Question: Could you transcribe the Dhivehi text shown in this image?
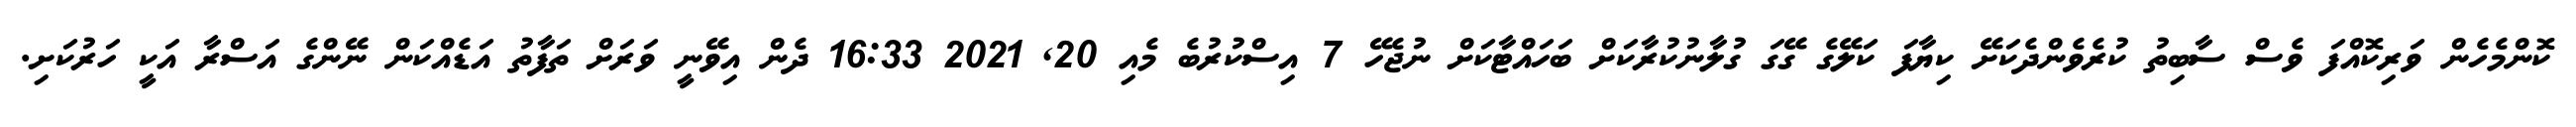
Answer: ކޮންމެހެން ވަރިކޮއްފަ ވެސް ސާބިތު ކުރެވެންދެކަށޭ ކިޔާފަ ކަލޭގެ ގޭގަ ގުލާނުކުރާކަށް ބަހައްޓާކަށް ނުޖެހޭ 7 އިސްކުރުބެ މެއި 20, 2021 16:33 ދެން އިވޭނީ ވަރަށް ތަފާތު އަޑެއްކަން ނޭންގެ އަސްރާ އަކީ ހަރުކަށި.